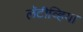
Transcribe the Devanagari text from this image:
लॅटीव्हिया